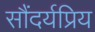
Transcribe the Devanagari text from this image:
सौंदर्यप्रिय